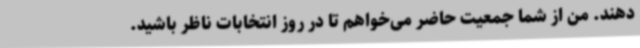
‌دهند. من از شما جمعیت حاضر می‌خواهم تا در روز انتخابات ناظر باشید.